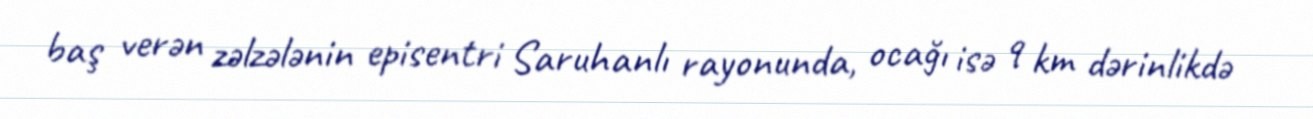
baş verən zəlzələnin episentri Saruhanlı rayonunda, ocağı isə 9 km dərinlikdə